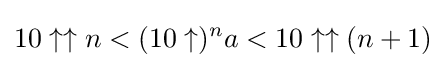
10\uparrow \uparrow n<(10\uparrow )^{n}a<10\uparrow \uparrow (n+1)